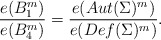
\begin{align*}{e(B^m_1)\over e(B^m_4)} = {e(Aut(\Sigma)^m) \over e(Def(\Sigma)^m)}.\end{align*}